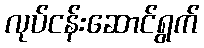
လုပ်ငန်းဆောင်ရွက်